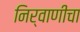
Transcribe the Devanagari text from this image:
निर्वाणीचा